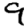
Digit: 9